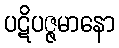
ပဋိပဇ္ဇမာနော